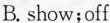
B.show;off